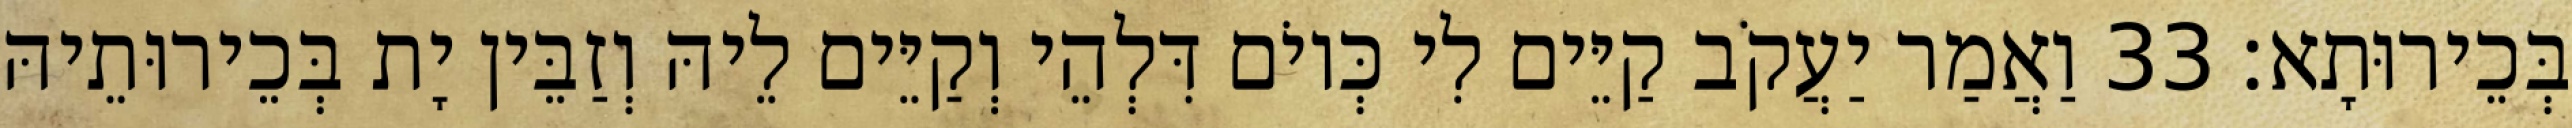
בְּכֵירוּתָא׃ 33 וַאֲמַר יַעֲקֹב קַיֵּים לִי כְּיוֹם דִּלְהֵי וְקַיֵּים לֵיהּ וְזַבֵּין יָת בְּכֵירוּתֵיהּ